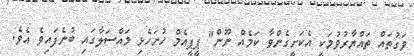
ވަގުތައް ތައްޔާރުވުމަކީ އެކަށީގެންވާ ކަމެއް ނޫން" ޕީޕީއެމް ހުށަހެޅި މައްސަލާގައި ބުނެފައިވެ އެވެ.